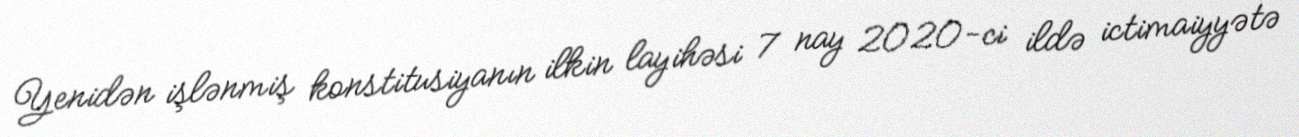
Yenidən işlənmiş konstitusiyanın ilkin layihəsi 7 nay 2020-ci ildə ictimaiyyətə